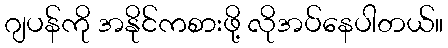
ဂျပန်ကို အနိုင်ကစားဖို့ လိုအပ်နေပါတယ်။